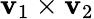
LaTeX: \mathbf{v}_{1}\times\mathbf{v}_{2}